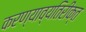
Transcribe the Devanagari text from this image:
करण्याव्यतिरीक्त